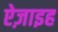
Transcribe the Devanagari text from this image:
ऐज़ाइह